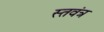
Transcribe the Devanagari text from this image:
स्तवंत्र